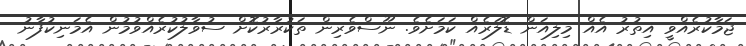
ޖަމާކުރެއްވީ އިތުރު އެއް މިލިއަން ޑޮލަރެއް ކަމަަށެވެ. ނޫސްވެރިން ތަކުރާރުކޮށް ސުވާލުކުރެއްވުމުން އެމަނިކުފާނު